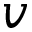
v